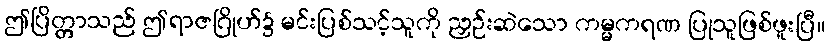
ဤပြိတ္တာသည် ဤရာဇဂြိုဟ်၌ မင်းပြစ်သင့်သူကို ညှဉ်းဆဲသော ကမ္မကရဏ ပြုသူဖြစ်ဖူးပြီ။